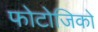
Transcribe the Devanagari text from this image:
फोटोजिको